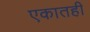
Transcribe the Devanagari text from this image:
एकातही